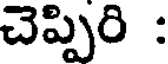
చెప్పిరి :